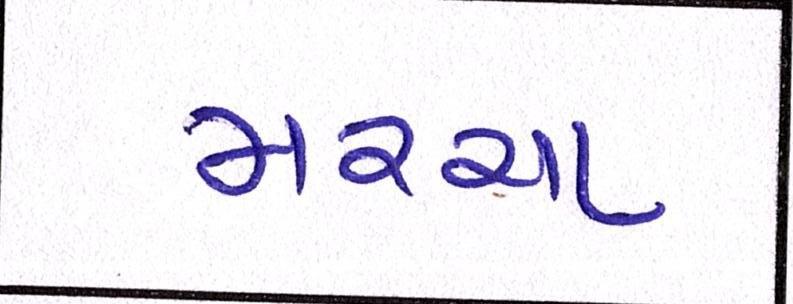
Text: મરચા